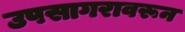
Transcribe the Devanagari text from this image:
उपसागरावरून